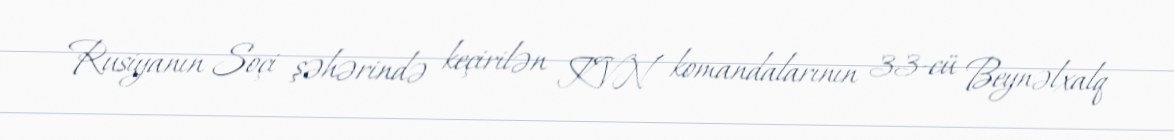
Rusiyanın Soçi şəhərində keçirilən KVN komandalarının 33-cü Beynəlxalq